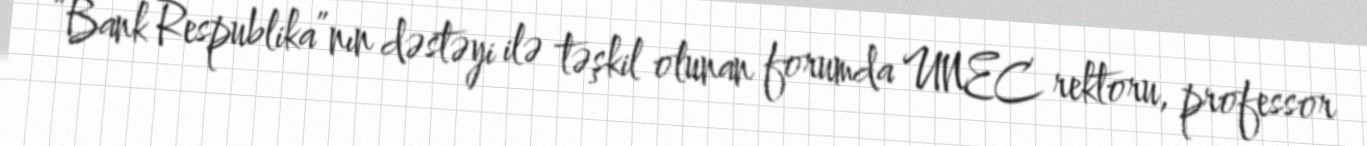
“Bank Respublika”nın dəstəyi ilə təşkil olunan forumda UNEC rektoru, professor